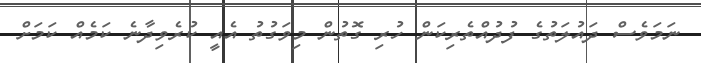
ނަމަވެސް ދައުލަތުގެ ފުދުއްތެރިކަން ހުރި ގޮތުން މިވަގުތު އެއީ ކުރެވިދާނެ ކަމެއް ކަމަށް